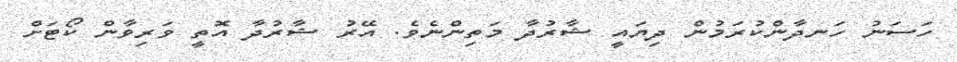
ހަސަނު ހަނދާންކުރަމުން ދިޔައީ ޝާރުދާ މަތިންނެވެ. އޭރު ޝާރުދާ އޮތީ ވަރިވާން ކޯޓަށް